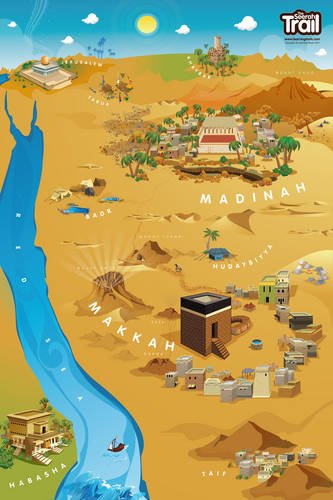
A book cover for The Seerah Trail (Poster); Zaheer Khatri; Children's Books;